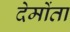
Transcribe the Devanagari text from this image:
देमोंता